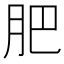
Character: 肥